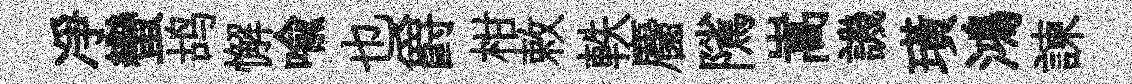
凈蠻鸪懈喻也爵柑敕軼麕隲嵩譏璜鴻諫